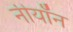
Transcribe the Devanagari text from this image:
नीयॉन